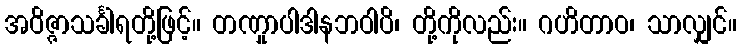
အဝိဇ္ဇာသင်္ခါရတို့ဖြင့်။ တဏှုာပါဒါနဘဝါပိ၊ တို့ကိုလည်း။ ဂဟိတာဝ၊ သာလျှင်။